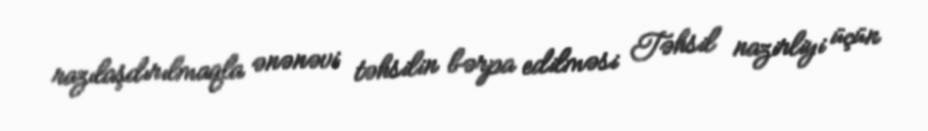
razılaşdırılmaqla ənənəvi təhsilin bərpa edilməsi Təhsil nazirliyi üçün